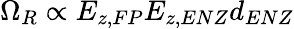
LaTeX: \Omega_{R}\propto E_{z,FP}E_{z,ENZ}d_{ENZ}